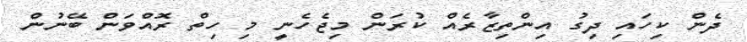
ދެން ކިހައި ދިގު އިންތިޒާރެއް ކުރަން މިޖެހެނީ މި ހިތް ރޮއްވަން ބޭނުން